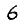
Digit: 6